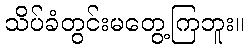
သိပ်ခံတွင်းမတွေ့ကြဘူး။